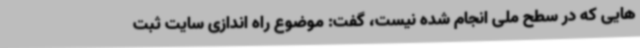
هایی که در سطح ملی انجام شده نیست، گفت: موضوع راه اندازی سایت ثبت